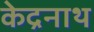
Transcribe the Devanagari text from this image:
केद्रनाथ